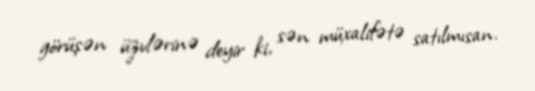
görüşən üzvlərinə deyir ki, sən müxalifətə satılmısan.